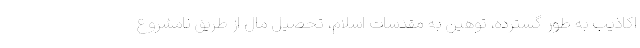
اکاذیب به طور گسترده، توهین به مقدسات اسلام، تحصیل مال از طریق نامشروع